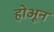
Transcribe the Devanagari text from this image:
होअून